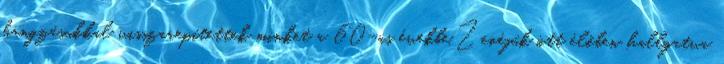
hangzásukkal visszarepítettek minket a 60–as évekbe.Zenéjük ott élőben hallgatva